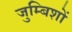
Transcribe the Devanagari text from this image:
जुम्बिशों